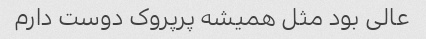
عالی بود مثل همیشه پرپروک دوست دارم